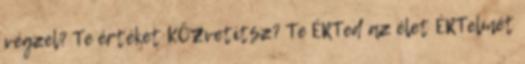
végzel? Te értéket KÖZvetítsz? Te ÉRTed az élet ÉRTelmét